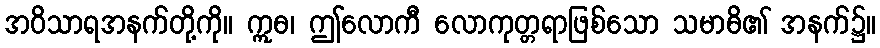
အဝိသာရအနက်တို့ကို။ ဣဓ၊ ဤလောကီ လောကုတ္တရာဖြစ်သော သမာဓိ၏ အနက်၌။